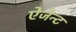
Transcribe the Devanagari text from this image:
ऐजेन्‍ट